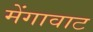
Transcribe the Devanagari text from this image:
मेंगावाट